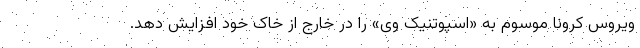
ویروس کرونا موسوم به «اسپوتنیک وی» را در خارج از خاک خود افزایش دهد.